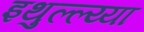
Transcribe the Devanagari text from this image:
इथुल्ल्य्या